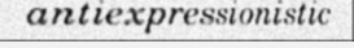
antiexpressionistic